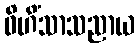
ဝိဟိံသာသညာယ